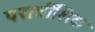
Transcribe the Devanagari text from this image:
परात्रींशिक